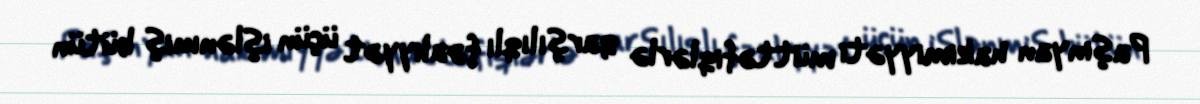
Paşinyan hakimiyyəti müttəfiqlərlə qarşılıqlı fəaliyyət üçün işlənmiş bütün